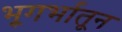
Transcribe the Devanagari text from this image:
भूगर्भातून